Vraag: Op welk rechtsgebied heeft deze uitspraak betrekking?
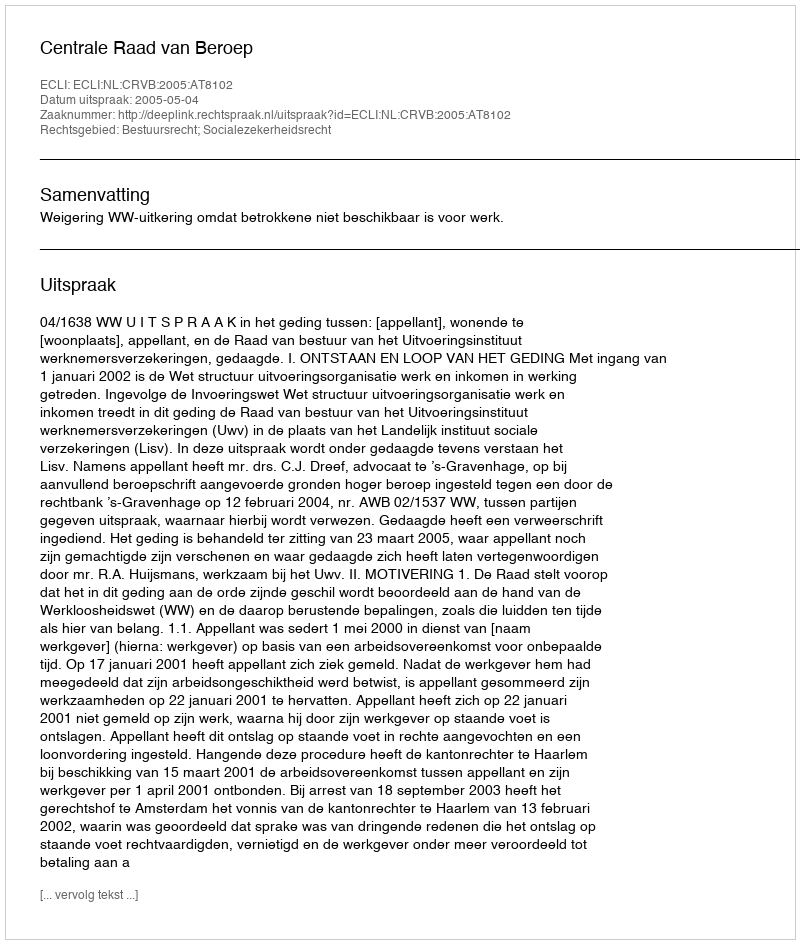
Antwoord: Bestuursrecht; Socialezekerheidsrecht